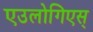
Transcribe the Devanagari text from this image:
एउलोगिएस्